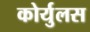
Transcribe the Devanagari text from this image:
कोर्युलस